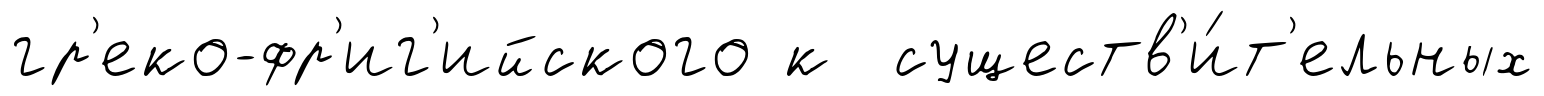
гр'еко-фр'иг'ийского к существ'и́т'ельных